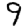
Digit: 9